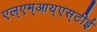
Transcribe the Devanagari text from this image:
एल्‌एम्‌आय्‌एस्‌टीई